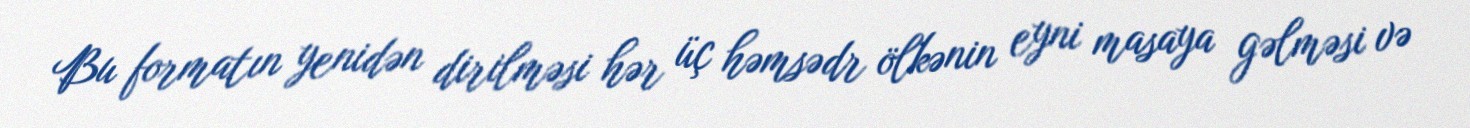
Bu formatın yenidən dirilməsi hər üç həmsədr ölkənin eyni masaya gəlməsi və